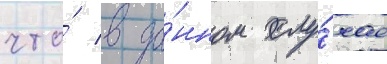
что́ в да́нном слу́чае